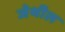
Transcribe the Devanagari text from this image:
जेथील